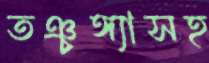
তঞ্চঙ্গ্যাসহ